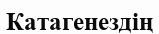
Катагенездің